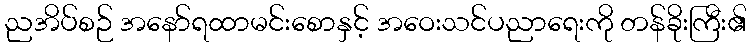
ညအိပ်စဉ် အနော်ရထာမင်းစောနှင့် အဝေးသင်ပညာရေးကို တန်ခိုးကြီး၏